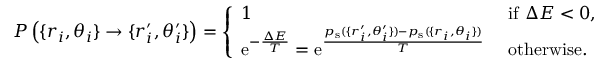
P \left( \{ r _ { i } , \theta _ { i } \} \rightarrow \{ r _ { i } ^ { \prime } , \theta _ { i } ^ { \prime } \} \right) = \left\lbrace \begin{array} { l l } { 1 } & { \mathrm { ~ i f ~ } \Delta E < 0 , } \\ { { \mathrm e } ^ { - \frac { \Delta E } { T } } = { \mathrm e } ^ { \frac { p _ { \mathrm { s } } ( \{ r _ { i } ^ { \prime } , \theta _ { i } ^ { \prime } \} ) - p _ { \mathrm { s } } ( \{ r _ { i } , \theta _ { i } \} ) } { T } } } & { \mathrm { ~ o t h e r w i s e . ~ } } \end{array} \right.